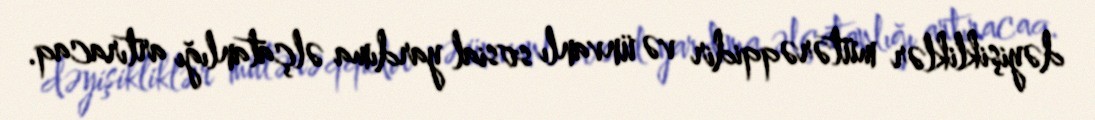
dəyişikliklər mütərəqqidir və ünvanlı sosial yardıma əlçatanlığı artıracaq.